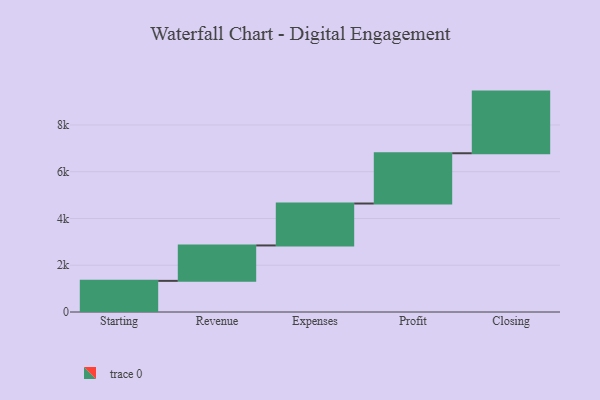
{"axis": {"x": "Step", "y": "Value"}, "legend": [""], "data": [{"x": "Starting", "y": 1332.0, "type": ""}, {"x": "Revenue", "y": 1515.0, "type": ""}, {"x": "Expenses", "y": 1794.0, "type": ""}, {"x": "Profit", "y": 2150.0, "type": ""}, {"x": "Closing", "y": 2637.0, "type": ""}]}